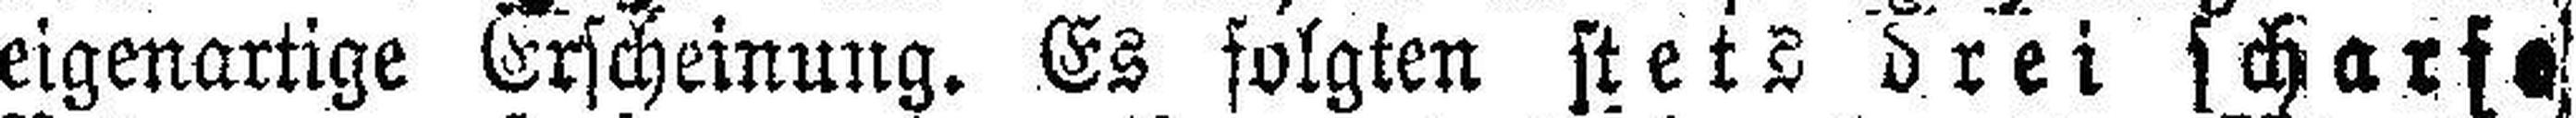
eigenartige Erscheinung. Es folgten stets drei scharfe